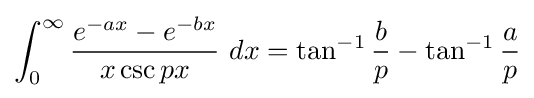
\int _{0}^{\infty }{\frac {e^{-ax}-e^{-bx}}{x\csc px}}\ dx=\tan ^{-1}{\frac {b}{p}}-\tan ^{-1}{\frac {a}{p}}